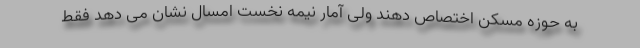
به حوزه مسکن اختصاص دهند ولی آمار نیمه نخست امسال نشان می دهد فقط